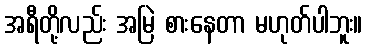
အရီတို့လည်း အမြဲ စားနေတာ မဟုတ်ပါဘူး။